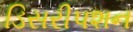
ડિસરીપશન